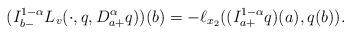
LaTeX: \begin{align*}( I_{b-}^{1-\alpha} L_{v}(\cdot,q,D_{a+}^{\alpha}q) ) (b)= - \ell_{x_2} ((I^{1-\alpha}_{a+} q)(a),q(b) ).\end{align*}